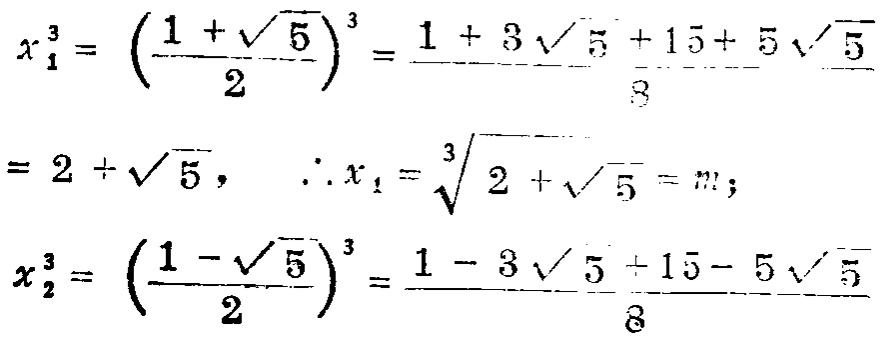
\[

\begin{align*}

x_1^3&=\left(\frac{1 + \sqrt{5}}{2}\right)^3=\frac{1 + 3\sqrt{5}+15 + 5\sqrt{5}}{8}\\

&=2+\sqrt{5},\quad \therefore x_1=\sqrt[3]{2+\sqrt{5}} = m;\\

x_2^3&=\left(\frac{1 - \sqrt{5}}{2}\right)^3=\frac{1 - 3\sqrt{5}+15 - 5\sqrt{5}}{8}

\end{align*}

\]